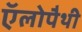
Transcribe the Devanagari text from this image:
ऍलोपैथी